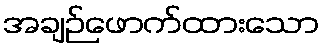
အချဉ်ဖောက်ထားသော